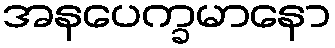
အနပေက္ခမာနော